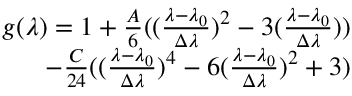
\begin{array} { r } { g ( \lambda ) = 1 + \frac { A } { 6 } ( ( \frac { \lambda - \lambda _ { 0 } } { \Delta \lambda } ) ^ { 2 } - 3 ( \frac { \lambda - \lambda _ { 0 } } { \Delta \lambda } ) ) } \\ { - \frac { C } { 2 4 } ( ( \frac { \lambda - \lambda _ { 0 } } { \Delta \lambda } ) ^ { 4 } - 6 ( \frac { \lambda - \lambda _ { 0 } } { \Delta \lambda } ) ^ { 2 } + 3 ) } \end{array}